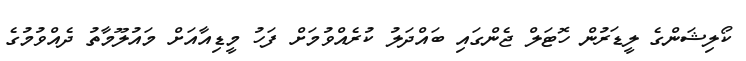
ކޯލިޝަންގެ ލީޑަރުން ހޮޓަލް ޖެންގައި ބައްދަލު ކުރެއްވުމަށް ފަހު މީޑިއާއަށް މައުލޫމާތު ދެއްވުމުގެ